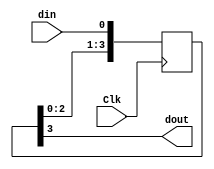
`timescale 1ns / 1ps

module Serial2Serial(
    input Clk,
    input din,
    output dout
    );

reg [3:0] databuff = {4{1'b0}};//  4 bits 

always @(posedge Clk)
    databuff  <= {databuff[2:0], din};

assign dout = databuff[3];
endmodule